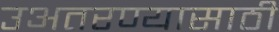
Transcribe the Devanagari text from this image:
उअतरण्यासाठी